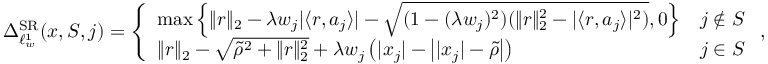
\Delta _ { \ell _ { w } ^ { 1 } } ^ { \mathrm { S R } } ( x , S , j ) = \left\{ \begin{array} { l l } { \operatorname* { m a x } \left\{ \| r \| _ { 2 } - \lambda w _ { j } | \langle r , a _ { j } \rangle | - \sqrt { ( 1 - ( \lambda w _ { j } ) ^ { 2 } ) ( \| r \| _ { 2 } ^ { 2 } - | \langle r , a _ { j } \rangle | ^ { 2 } ) } , 0 \right\} } & { j \notin S } \\ { \| r \| _ { 2 } - \sqrt { \widetilde { \rho } ^ { 2 } + \| r \| _ { 2 } ^ { 2 } } + \lambda w _ { j } \left( | x _ { j } | - \left| | x _ { j } | - \widetilde { \rho } \right| \right) } & { j \in S } \end{array} \right. ,